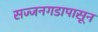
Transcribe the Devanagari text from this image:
सज्जनगडापासून